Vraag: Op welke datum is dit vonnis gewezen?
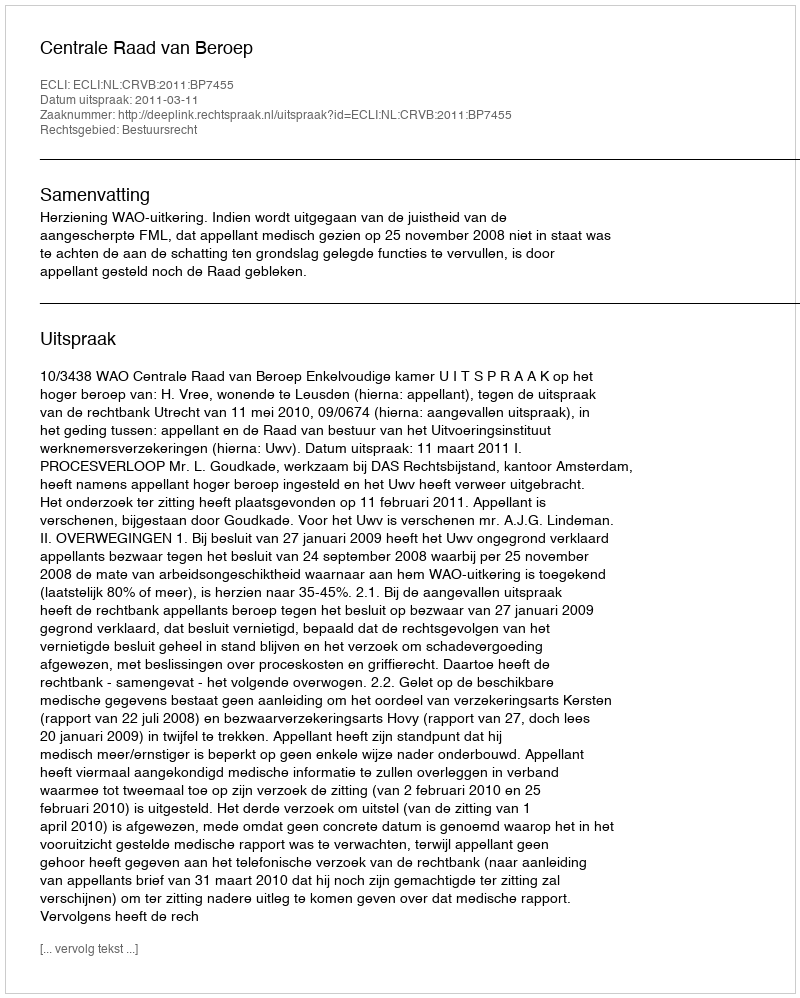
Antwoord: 2011-03-11